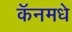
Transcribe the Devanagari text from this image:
कॅनमधे